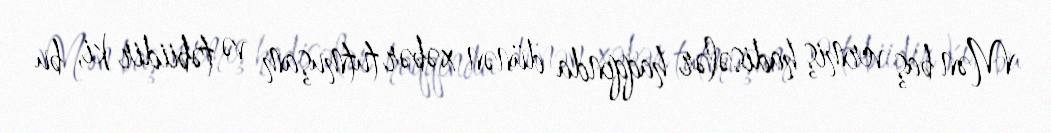
Mən baş vermiş hadisələr haqqında dünən xəbər tutmuşam və təbiidir ki, bu